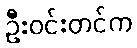
ဦးဝင်းတင်က